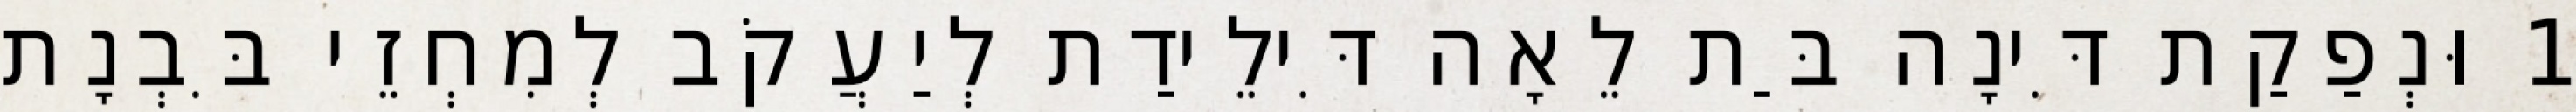
1 וּנְפַקַת דִּינָה בַּת לֵאָה דִּילֵידַת לְיַעֲקֹב לְמִחְזֵי בִּבְנָת